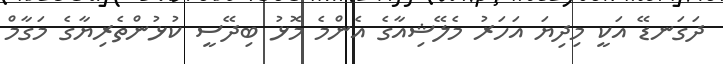
ދަގަނޑޭ އަކީ މިދިޔަ އަހަރު މެލޭޝިއާގެ އެންމެ މޮޅު ބިދޭސީ ކުޅުންތެރިޔާގެ މަގާމް